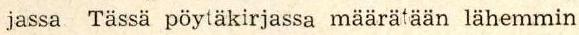
jassa Tässä pöytäkirjassa määrätään lähemmin